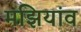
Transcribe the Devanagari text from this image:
मझियांव